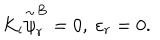
LaTeX: K _ { i } \stackrel { \sim } { \psi } _ { r } ^ { B } = 0 , ~ \varepsilon _ { r } = 0 .